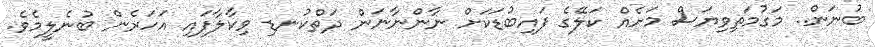
ބުނަން.. މަގުމަތިވިޔަސް މަށެއް ކަލޭގެ ފައިބުޑަކަށް ނާންނާނަން ދަތްކުނޑި ވިކާލާފައި އަހަރެން ބުނެލީމެވެ.